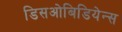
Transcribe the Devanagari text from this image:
डिसओबिडियेन्स